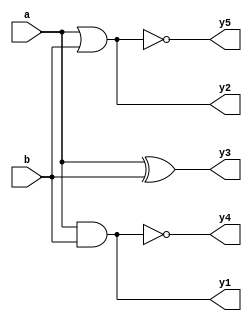
module gates(input  [3:0] a, b,
             output [3:0] y1, y2, 
                          y3, y4, y5);

   /* Five different two-input logic 
      gates acting on 4 bit busses */
   assign y1 = a & b;    // AND
   assign y2 = a | b;    // OR
   assign y3 = a ^ b;    // XOR
   assign y4 = ~(a & b); // NAND
   assign y5 = ~(a | b); // NOR
endmodule